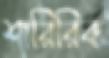
শারিরিক